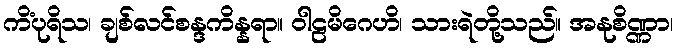
ကိံပုရိသ၊ ချစ်လင်စန္ဒကိန္နရာ။ ဝါဠမိဂေဟိ၊ သားရဲတို့သည်။ အနုစိဏ္ဏာ၊